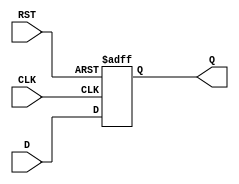
module DataRegister (
    input wire D,      // Data input
    input wire CLK,    // Clock input
    input wire RST,    // Asynchronous reset
    output reg Q       // Data output
);

// Always block for sequential logic
always @(posedge CLK or posedge RST) begin
    if (RST) begin
        Q <= 1'b0;    // Reset the output to 0
    end else begin
        Q <= D;       // Capture the input data on clock edge
    end
end

endmodule